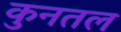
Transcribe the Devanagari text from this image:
कुनतल